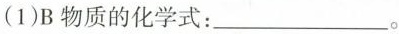
(1)B物质的化学式：___。